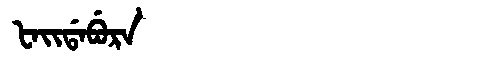
Manchu: ᡶᠠᡳᡩᠠᠪᡠᡵᠠ
Romanization: FAIDABURA